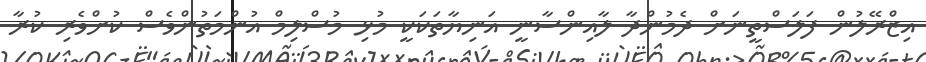
އިޒްރޭލުން ފަލަސްތީނަށް ދެމުންދާ ލާއިންސާނީ އަނިޔާތަކަކީ މުޅި މުސްލިމް އުންމަތުންވެސް ކުށްވެރި ކުރާ